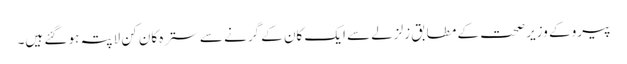
پیرو کے وزیر صحت کے مطابق زلزلے سے ایک کان کے گرنے سے سترہ کان کن لاپتہ ہو گئے ہیں۔